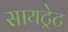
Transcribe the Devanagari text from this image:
सायट्रेट